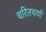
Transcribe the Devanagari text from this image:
चरितचर्या